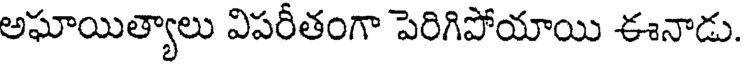
అఘాయిత్యాలు విపరీతంగా పెరిగిపోయాయి ఈనాడు.